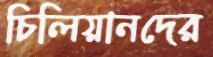
চিলিয়ানদের